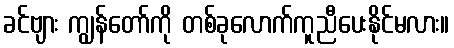
ခင်ဗျား ကျွန်တော်ကို တစ်ခုလောက်ကူညီပေးနိုင်မလား။